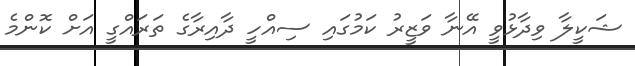
ޝަކީލާ ވިދާޅުވީ އޭނާ ވަޒީރު ކަމުގައި ސިއްހީ ދާއިރާގެ ތަރައްގީ އަށް ކޮންމެ